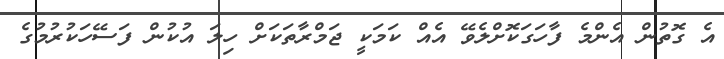
އެ ގޮތުން އެންމެ ފާހަގަކޮށްލެވޭ އެއް ކަމަކީ ޖަމްރާތަކަށް ހިލަ އުކުން ފަސޭހަކުރުމުގެ